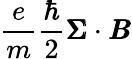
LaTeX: \frac{e}{m}\frac{\hbar}{2}\pmb{\Sigma}\cdot\pmb{B}